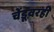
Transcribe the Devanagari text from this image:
चेंडूवरही